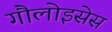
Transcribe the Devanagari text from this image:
गौलोइसेस